Subject: eess
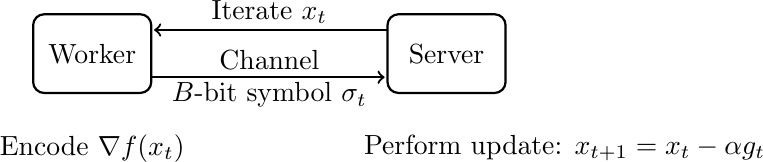
LaTeX code:
\begin{tikzpicture}
[->,shorten >=1pt,scale=.75,inner sep=1pt, minimum size=12pt, auto=center, node distance=3cm,
  thick, node/.style={circle, draw=black, thick},]
\tikzstyle{block1} = [rectangle, draw, fill=red!10,
    text width=8em, text centered, rounded corners, minimum height=0.8cm, minimum width=1cm];
\node (rect) at (0,0) (A) [draw, rounded corners, minimum width= 1.5cm, minimum height=1cm] {Worker};
\node (rect) at (6,0) (S) [draw, rounded corners, minimum width= 1.5cm, minimum height=1cm] {Server};
\coordinate (a1) at (1, 0.4);
\coordinate (s1) at (5,0.4);
\draw[->,thick]
 (s1) -- node[pos=.5,above]{Iterate $x_t$} (a1);

\coordinate (a2) at (1,-0.4);
\coordinate (s2) at (5,-0.4);
\draw[->,thick]
 (a2) -- node[pos=.5,below] {$B$-bit symbol $\sigma_t$}  node[pos=.5,above] {Channel} (s2);

\node at (0,-1.6) {Encode $\nabla f(x_t)$};
\node at (8, -1.6) {Perform update: $x_{t+1}=x_{t}-\alpha g_t$};
\end{tikzpicture}